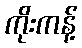
ကိုးကန့်